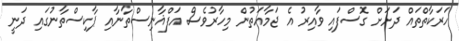
ހަރަކާތްތައް ދަށަށް ގޮސްފައި ވާއިރު އެ ޖަމާއަތުން މިހާރުވެސް އަފްޣާނިސްތާނާއި ޕާކިސްތާނުގައި ދަނީ